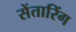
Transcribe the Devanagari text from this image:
सेंतारिंग